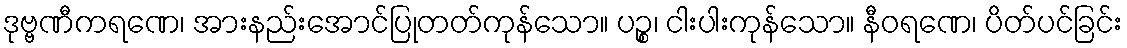
ဒုဗ္ဗဏီကရဏေ၊ အားနည်းအောင်ပြုတတ်ကုန်သော။ ပဉ္စ၊ ငါးပါးကုန်သော။ နီဝရဏေ၊ ပိတ်ပင်ခြင်း